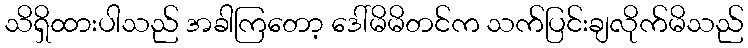
သိရှိထားပါသည် အခါကြတော့ ဒေါ်မိမိတင်က သက်ပြင်းချလိုက်မိသည်